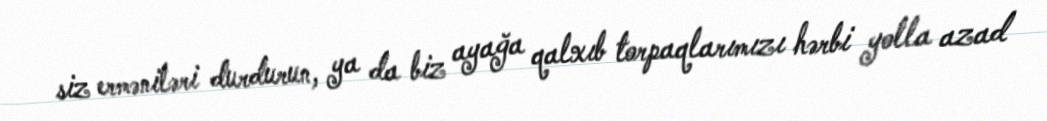
siz erməniləri durdurun, ya da biz ayağa qalxıb torpaqlarımızı hərbi yolla azad